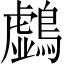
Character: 𪆛